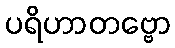
ပရိဟာတဗ္ဗော